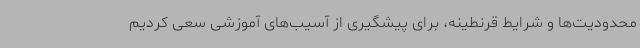
محدودیت‌ها و شرایط قرنطینه، برای پیشگیری از آسیب‌های آموزشی سعی کردیم